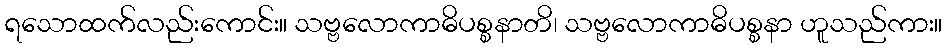
ရသောထက်လည်းကောင်း။ သဗ္ဗလောကာဓိပစ္စနာတိ၊ သဗ္ဗလောကာဓိပစ္စနာ ဟူသည်ကား။